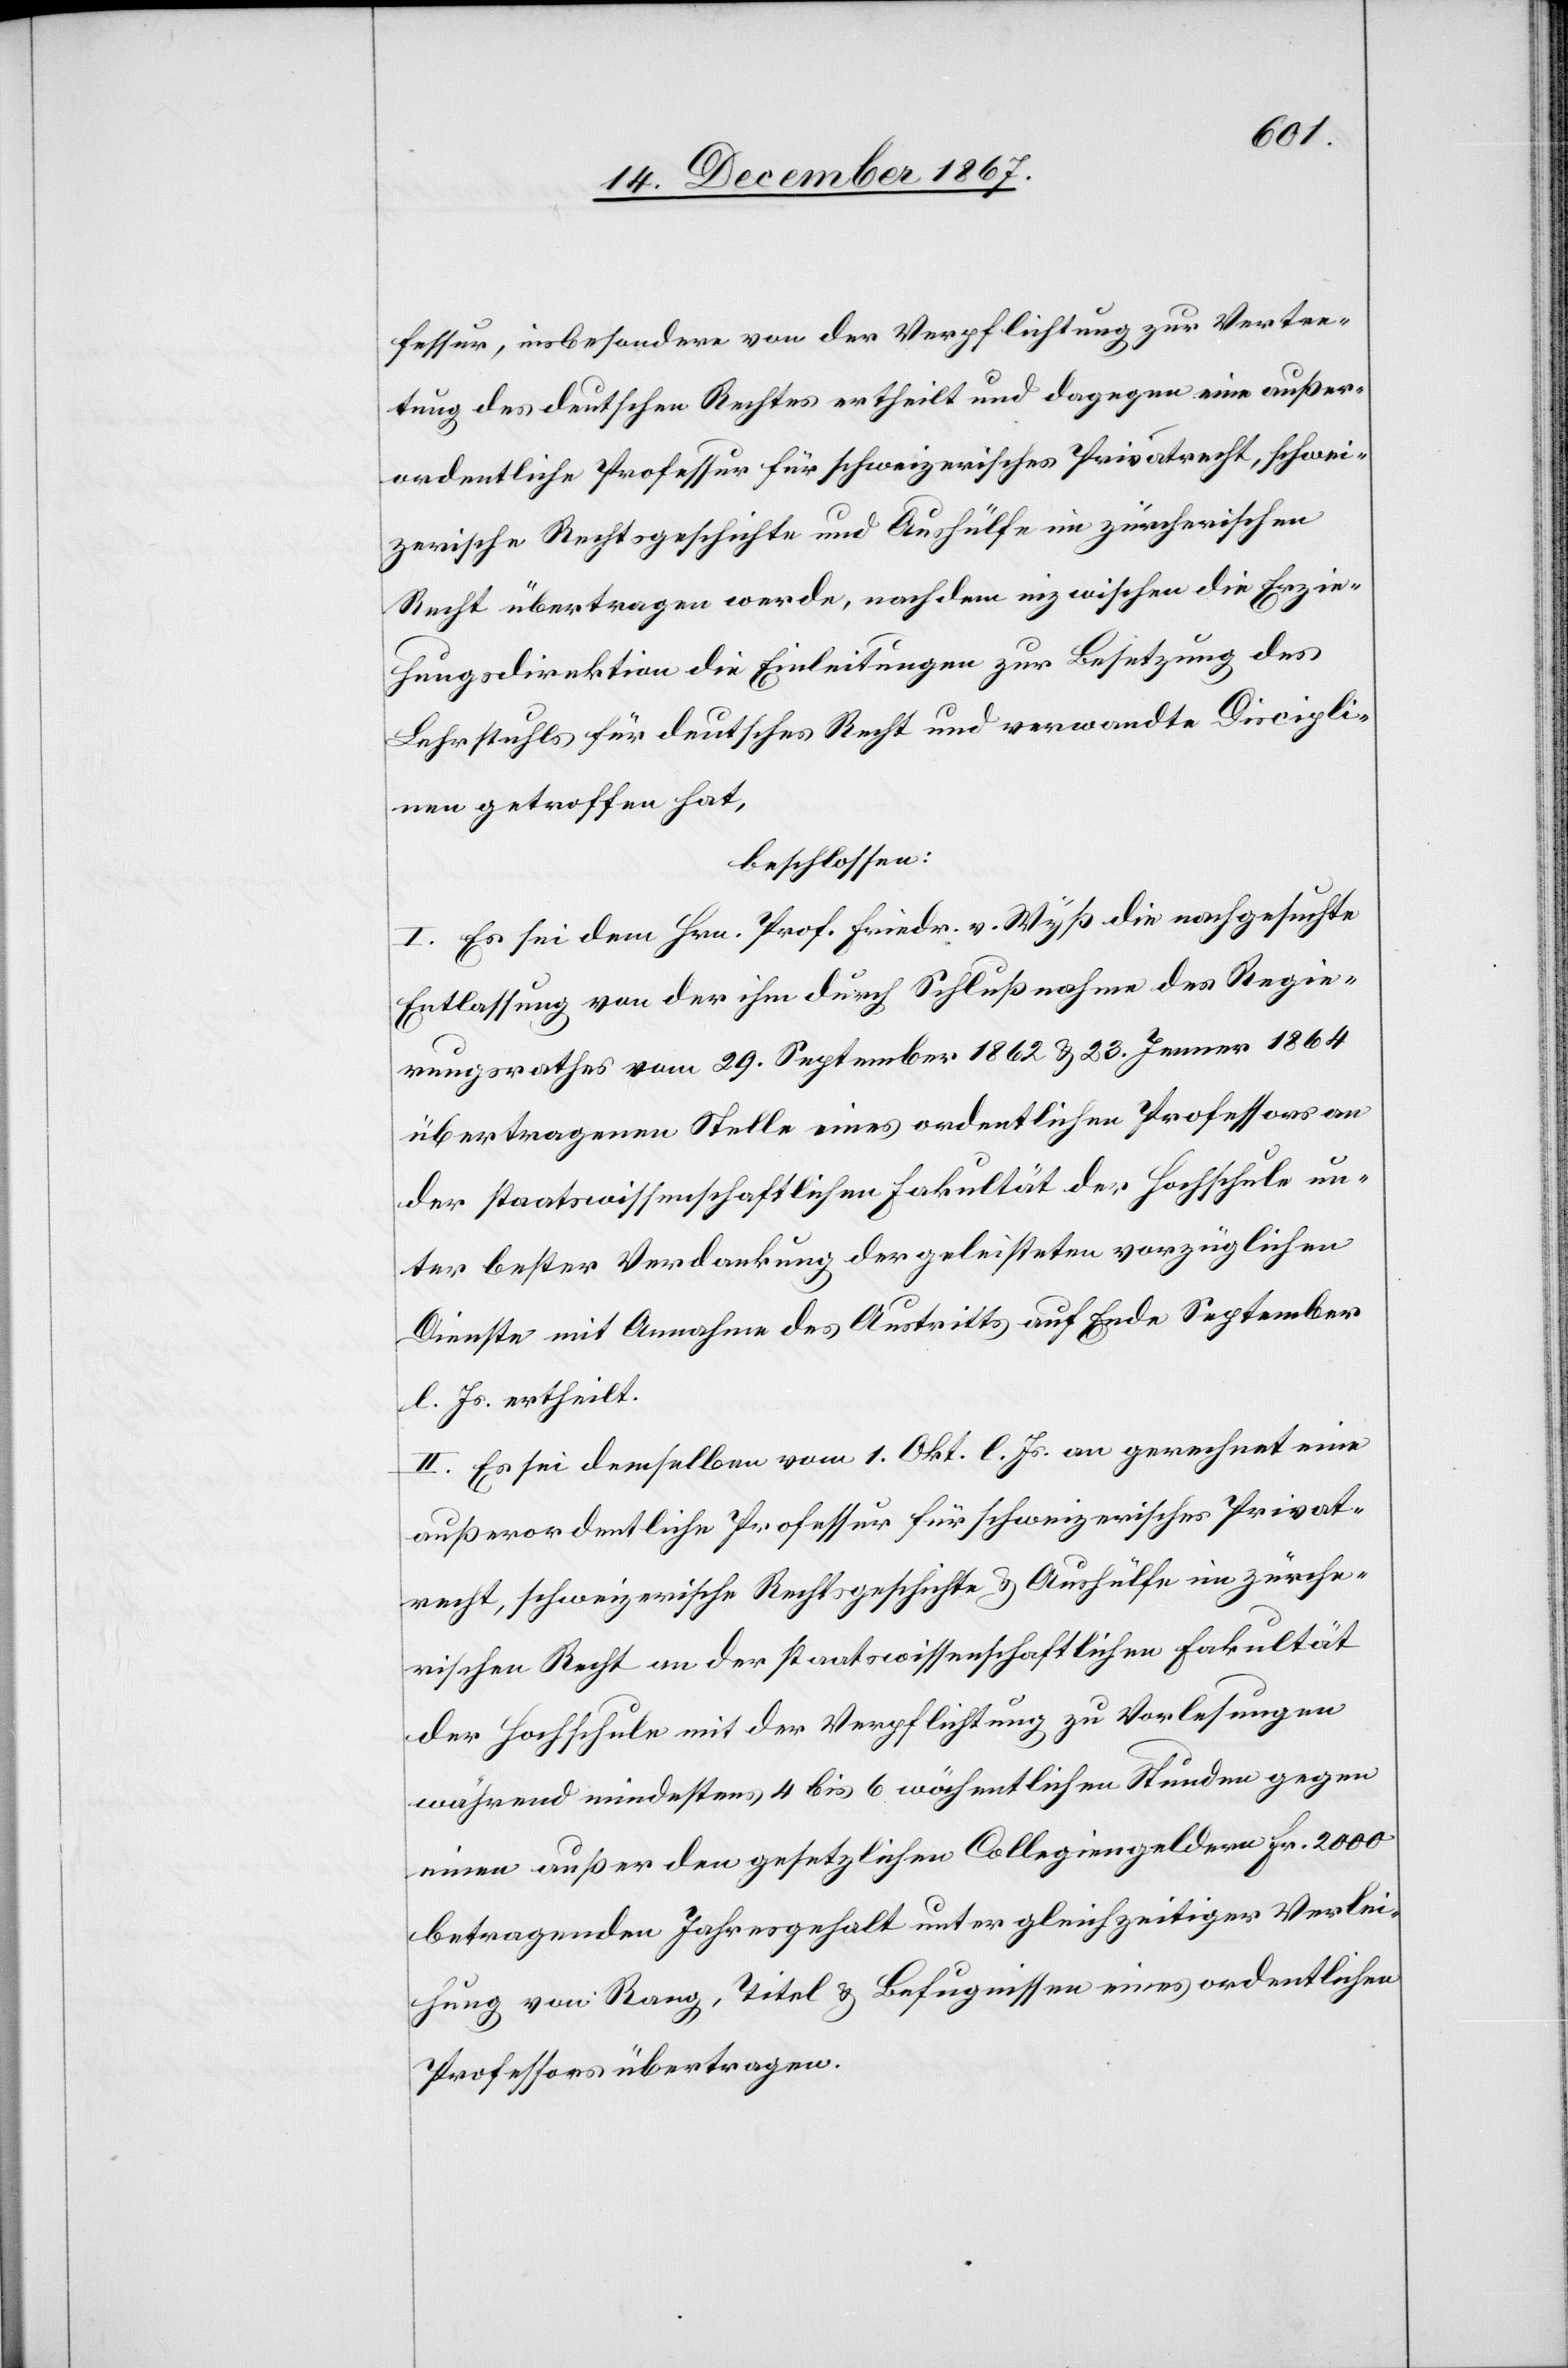
schwei¬
fessur, insbesondere von der Verpflichtung zur Vertre¬
tung des deutschen Rechtes ertheilt und dagegen eine außero¬
zerische Rechtsgeschichte und Aushülfe im zürcherischen
Recht übertragen werde, nachdem inzwischen die Erzie¬
hungsdirektion die Einleitungen zur Besetzung des
Lehrstuhles für deutsches Recht und verwandte Discipli¬
nen getroffen hat,
beschlossen:
I. Es sei dem Hrn. Prof. Friedr. v. Wyß die nachgesucht
Entlassung von der ihm durch Schlußnahme des Regie¬
rungsrathes vom 29. September 1862u. 23. Jenner 1864
übertragenen Stelle eines ordentlichen Professors an
der staatswissenschaftlichen Fakultät der Hochschule un¬
ter bester Verdankung der geleisteten vorzüglichen
Dienste mit Annahme des Austritts auf Ende September
l. Js. ertheilt.
II. Es sei demselben vom 1. Okt. l. Js. an gerechnet eine
außerordentliche Professur für schweizerisches Privat¬
recht, schweizerische Rechtsgeschichte u. Aushülfe im zürche¬
rischen Recht an der staatswissenschaftlichen Fakultät
der Hochschule mit der Verpflichtung zu Vorlesungen
während mindestens 4 bis 6 wöchentlichen Stunden gegen
einen außer den gesetzlichen Collegiengeldern Fr. 2000
betragenden Jahresgehalt unter gleichzeitiger Verlei¬
hung von Rang, Titel u. Befugnissen eines ordentlichen
Professors übertragen.